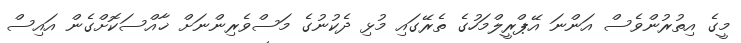
މީގެ އިތުރުންވެސް އަންނަ އޭޕްރީލްމަހުގެ ތެރޭގައި މުޅި ދެކުނުގެ މަސްވެރިންނަށް ޚާއްސަކޮށްގެން އައިސް